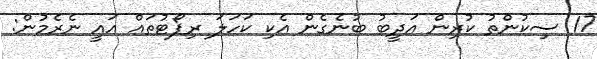
17 ސިކުންތު ކުރިން އަދީބު ބުނެގެން އެކި ކަހަލަ ރިޕޯޓުތައް އައީ ނެރެމުން: